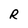
Character: R